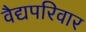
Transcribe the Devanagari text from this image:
वैद्यपरिवार